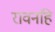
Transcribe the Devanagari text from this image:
रावनहि